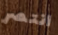
انتصر